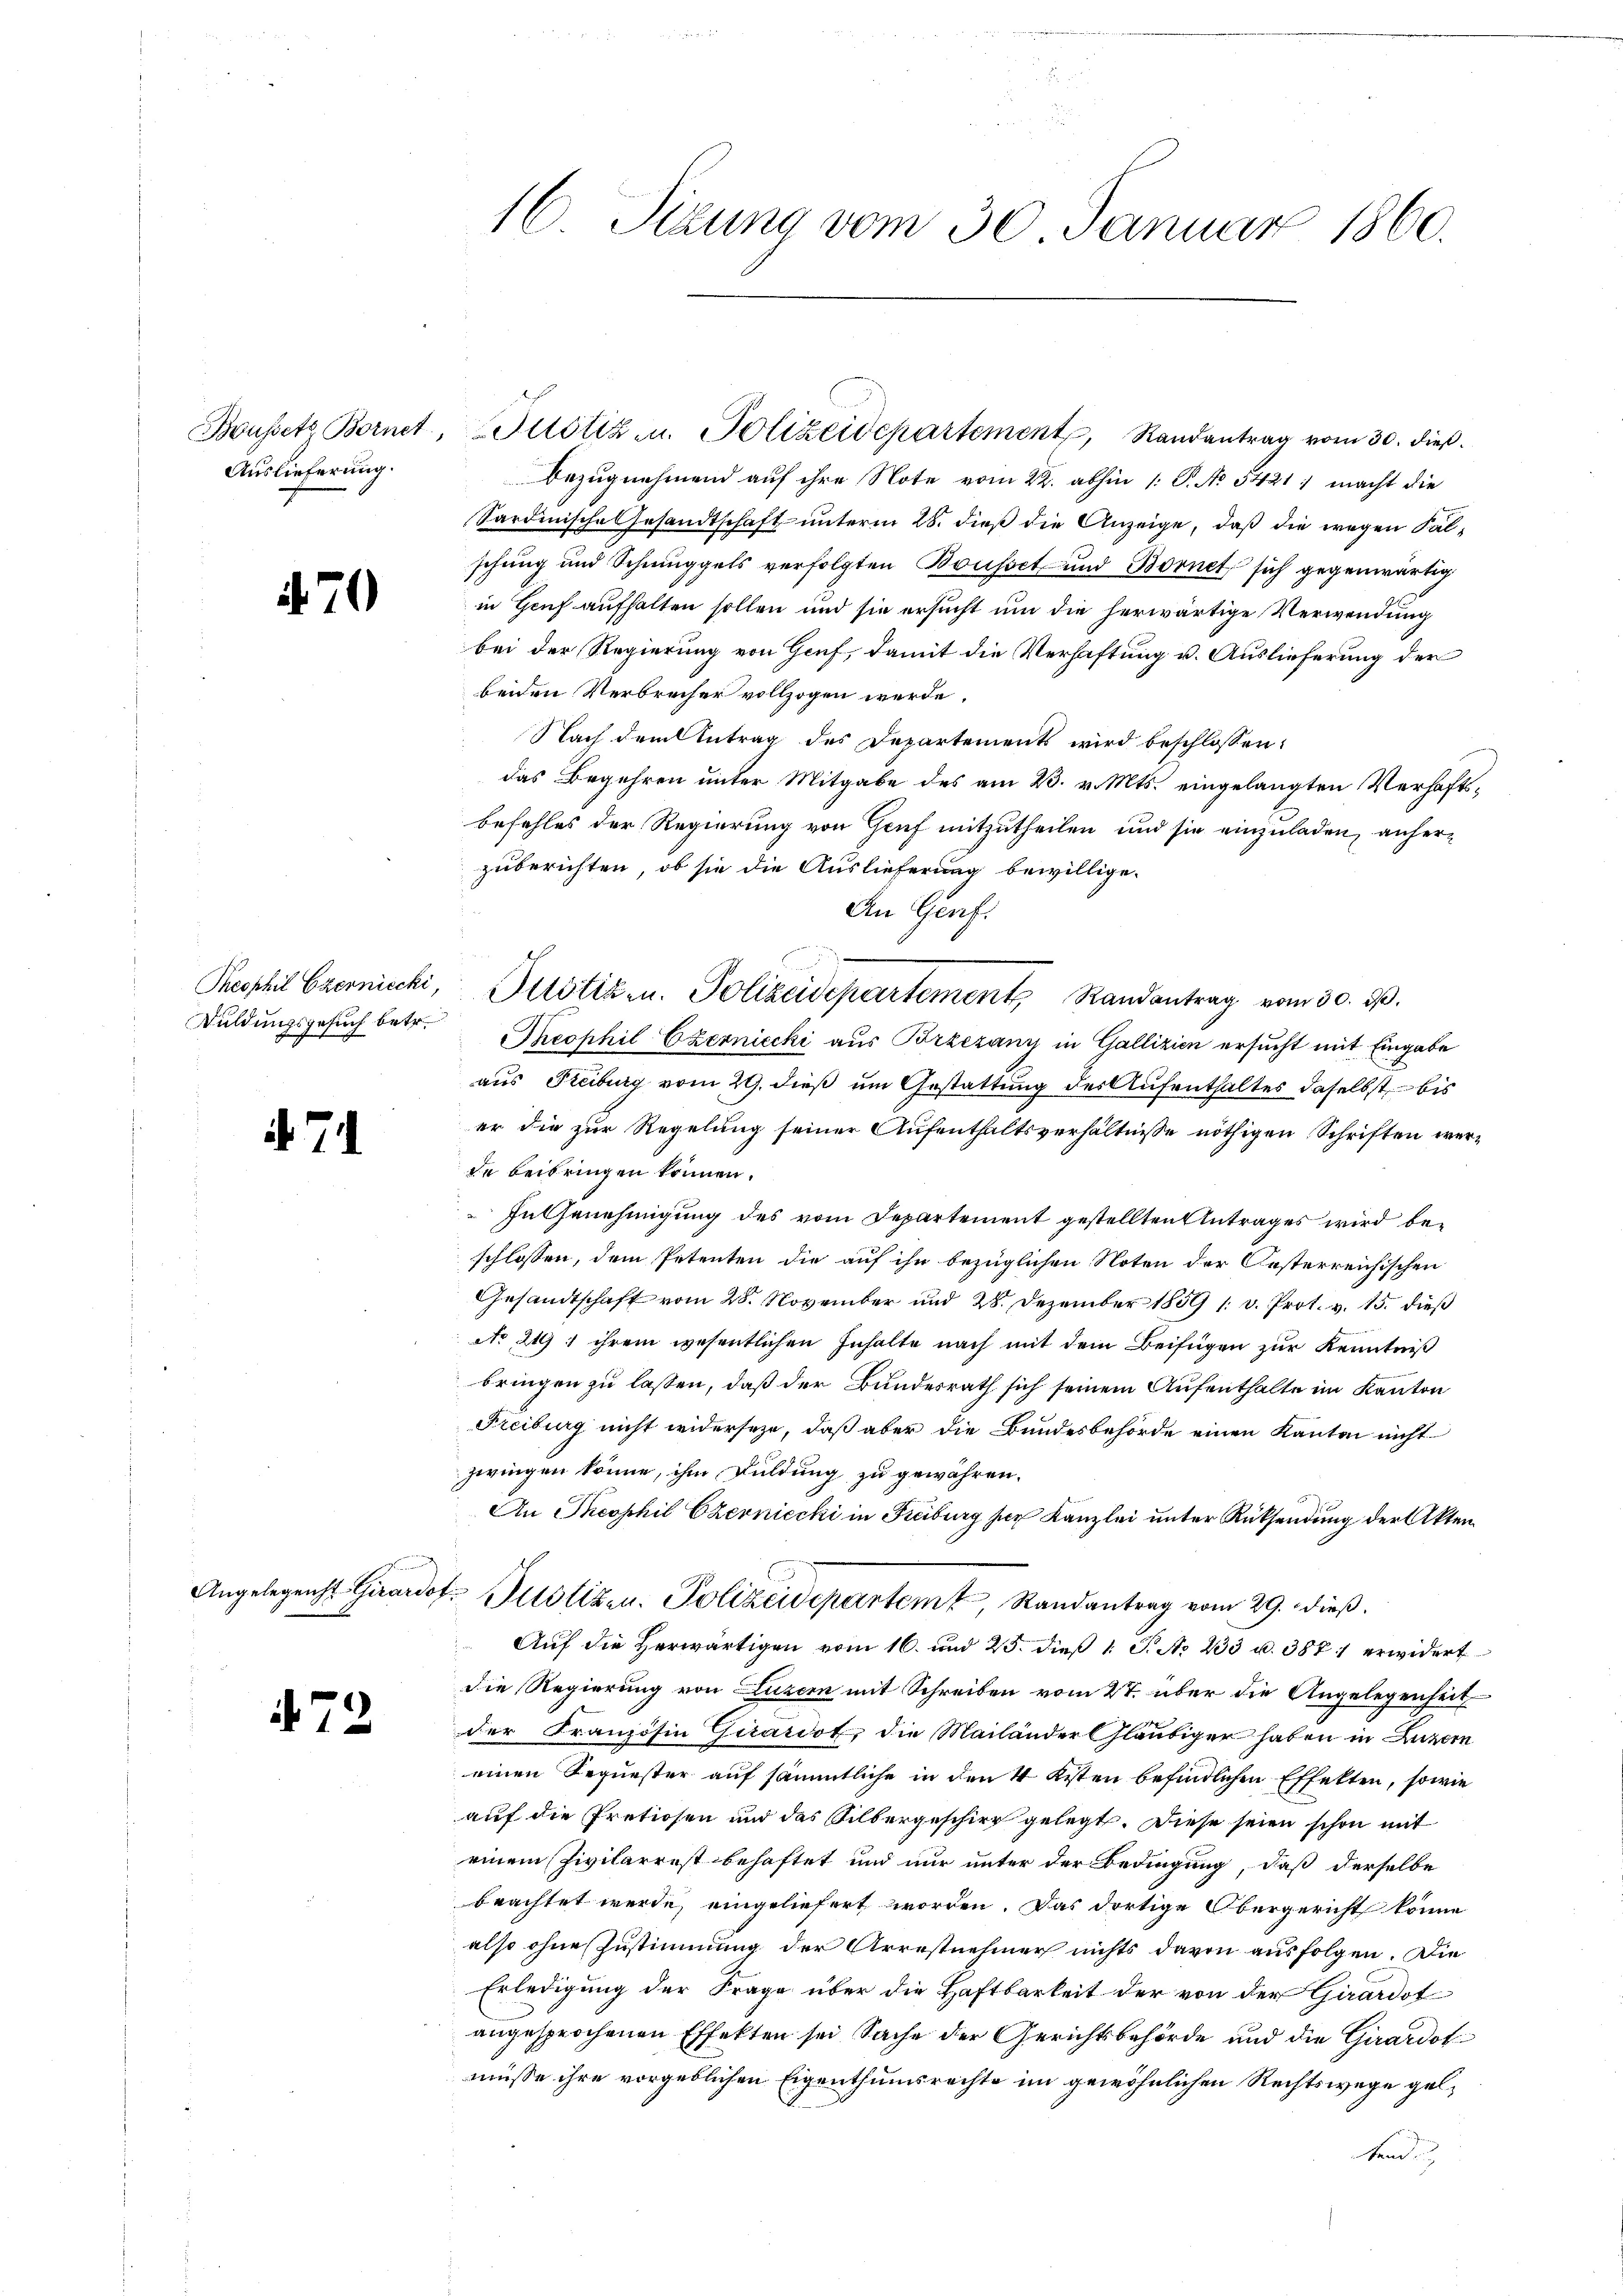
Auslieferung.

470

Theophil Czerniecki,
Duldungsgesuch betr.

d. 7.

Angelegenst Girardo,

72

16. Sizung vom 30. Januar 1860.

Bezugnehmend auf ihre Note vom 22. abhin 1: P. No 5421 ; macht die
Sardinische Gesandtschaft ŭnterm 28. dieβ die Anzeige, daß die wegen Falschung und Schmuggels verfolgten Bousset und Bornet sich gegenwärtig
in Genf aufhalten sollen und sie ersucht um die herwärtige Verwendung
bei der Regierung von Genf, damit die Verhaftung u. Auslieferung der
beiden Verbrecher vollzogen werde.
Nach dem Antrag des Departements wird beschlossen:
das Begehren unter Mitgabe des am 23. v. Mts. eingelangten Verhaftsbefehles der Regierung von Gruf mitzutheilen und sie einzuladen, anherzuberichten, ob sie die Auslieferung bewillige.
An Genf.
Theophil Czerniecki aus Brzezany in Gallizien ersucht mit Eingabe
aus Freiburg vom 29. dieß um Gestattung der Aufenthaltes daselbst bis
er die zur Regelung seiner Aufenthaltsverhältnisse nöthigen Schriften werde beibringen können.
In Genehmigung des vom Departement gestellten Antrages wird beschlossen, dem Petenten die auf ihn bezüglichen Noten der Oesterreichischen
Gesandtschaft vom 28. November und 28. Dezember 1859 1 v. Prot. v. 15. dieß
No 219 ; ihrem wesentlichen Inhalte nach mit dem Beifügen zur Kenntniß
bringen zu lassen, daß der Bundesrath sich seinem Aufenthalte im Kanton
Freiburg nicht widerseze, daß aber die Bundesbehörde einen Kanton nicht
zwingen könne, ihm Duldung zu gewähren.
An Theophil Czerniecki in Freiburg her Kanzlei unter Rücksendung der Akten
t. Justizen. Polizeideparteme, Randantrag vom 29. dieß.
Auf die Herwärtigen vom 16. und 25. dieß 1 S. No 233 u. 3871 erwidert
die Regierung von Luzern mit Schreiben vom 27. über die Angelegenheit
der Französin Girardot, die Mailänder Gläubiger haben in Luzern
einen Sequester auf sämmtliche in den 4 Kisten befindlichen Effekten, sowie
auf die Pretiosen und das Silbergeschirt gelegt. Diese seien schon mit
einem Pivilarrest behaftet und nur unter der Bedingung, daß derselbe
beachtet werde, eingeliefert worden. Das dortige Obergericht könne
also ohne Zustimmung der Arrestnehmer nichts davon ausfolgen. Die
Erledigung der Frage über die Haftbarkeit der von der Girardot
angesprochenen Effekten sei Sache der Gerichtsbehörde und die Girardot
müsse ihre vorgeblichen Eigenthumsrechte im gewöhnlichen Rechtswege gelkend

Justiz- u. Polizeidepartement, Randantrag vom 30. ds.

Boussetz Bornet, Pilotiz u. Polizeidepartement, Randantrag vom 30. dieß.